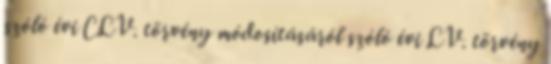
szóló évi CLV. törvény módosításáról szóló évi LV. törvény